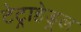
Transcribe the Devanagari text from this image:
टेट्राहेड्रल